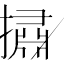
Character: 㩋